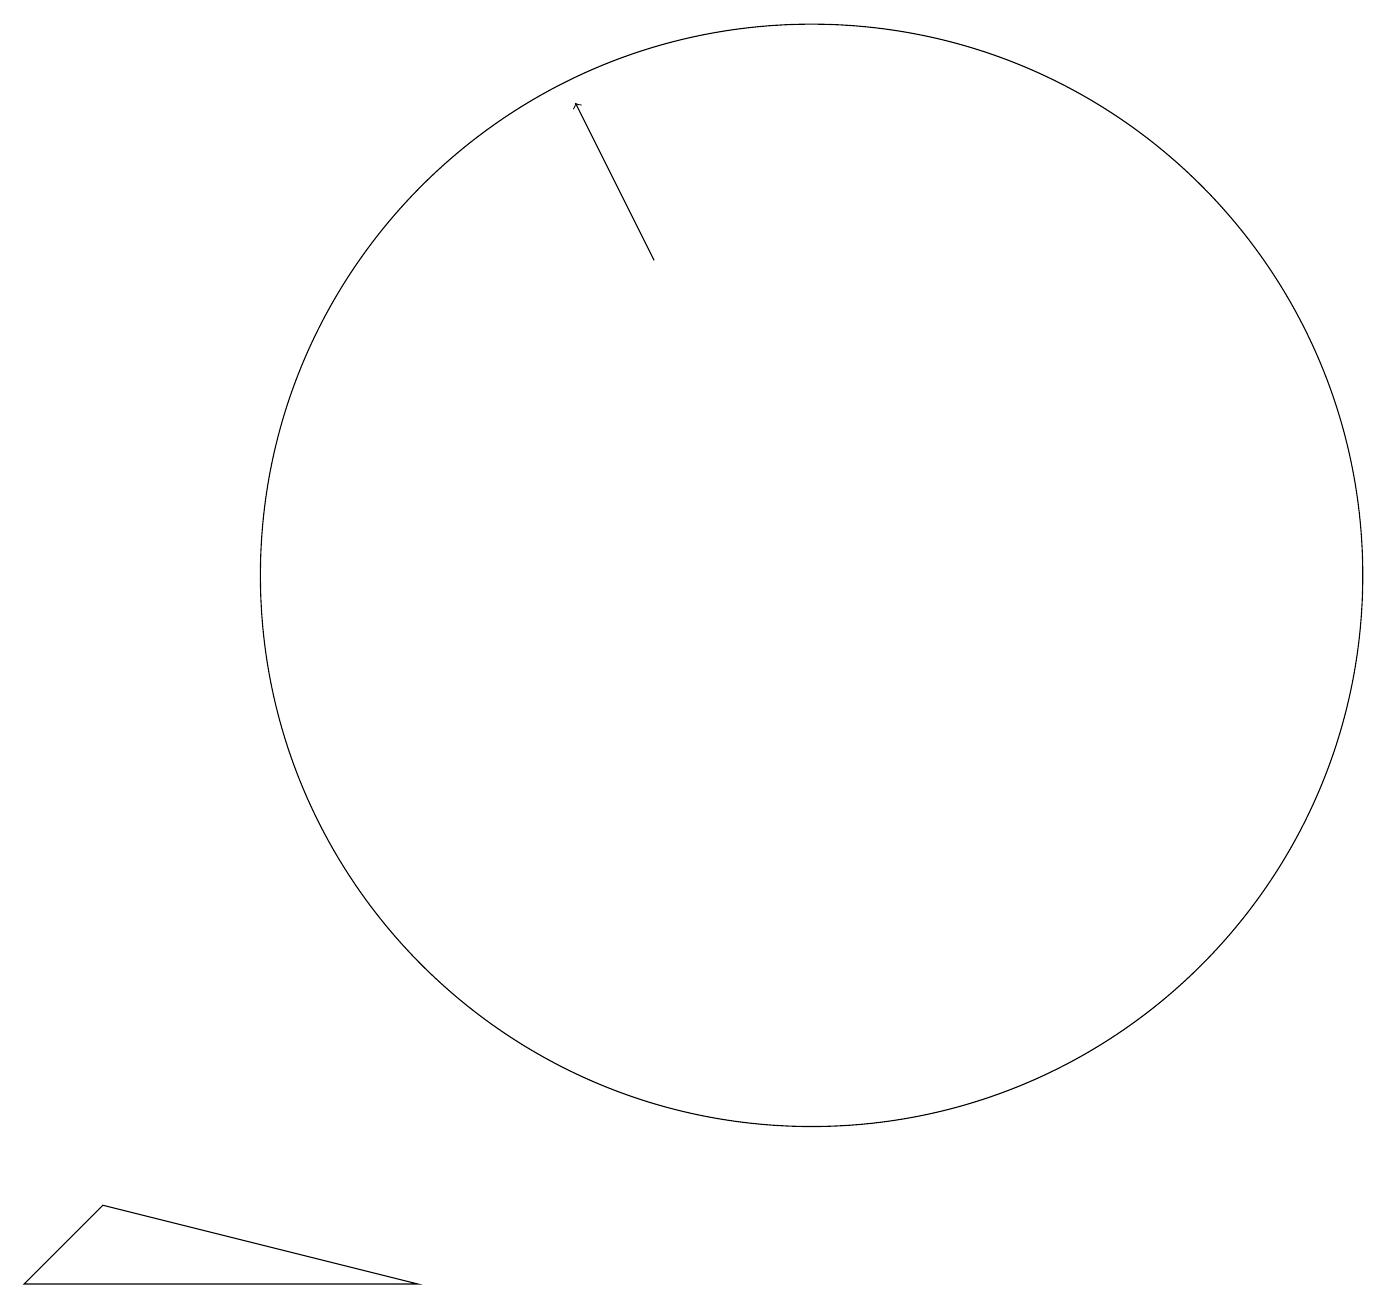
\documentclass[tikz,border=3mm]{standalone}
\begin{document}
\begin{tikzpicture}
\draw[->] (9,14) -- (8,16);
\draw (6,1) -- (2,2) -- (1,1) -- cycle;
\draw (11,10) circle (7);
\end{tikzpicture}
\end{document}